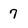
Character: 7